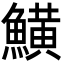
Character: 鱑